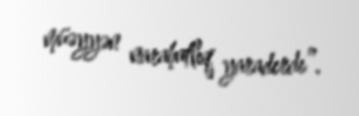
müəyyən narahatlıq yaradırdı”.